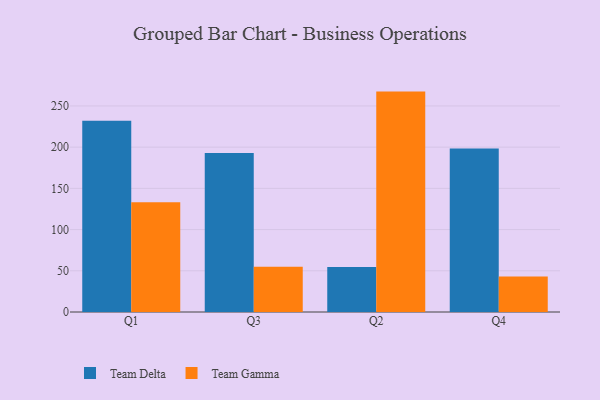
{"axis": {"x": "Quarter", "y": "Revenue (USD Million)"}, "legend": ["Team Delta", "Team Gamma"], "data": [{"x": "Q1", "y": 232.0, "type": "Team Delta"}, {"x": "Q1", "y": 133.3, "type": "Team Gamma"}, {"x": "Q3", "y": 192.9, "type": "Team Delta"}, {"x": "Q3", "y": 55.0, "type": "Team Gamma"}, {"x": "Q2", "y": 54.7, "type": "Team Delta"}, {"x": "Q2", "y": 267.4, "type": "Team Gamma"}, {"x": "Q4", "y": 198.5, "type": "Team Delta"}, {"x": "Q4", "y": 43.0, "type": "Team Gamma"}]}